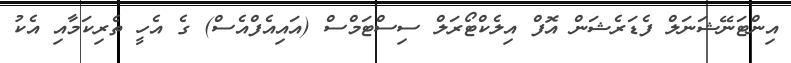
އިންޓަނޭޝަނަލް ފެޑަރެޝަން އޮފް އިލެކްޓޯރަލް ސިސްޓަމްސް (އައިއެފްއެސް) ގެ އެހީ ތެރިކަމާއި އެކު